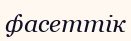
фасеттік